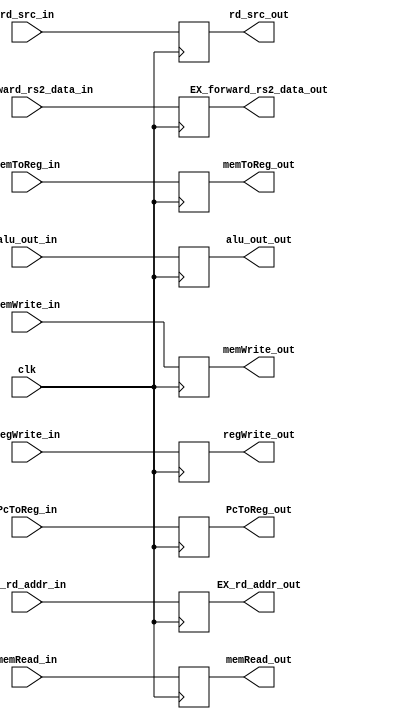
module EXMEM_reg(
    input clk,
    input [31:0] PcToReg_in,
    input [31:0] alu_out_in,
    input [31:0] EX_forward_rs2_data_in,
    input [4:0] EX_rd_addr_in,
    input rd_src_in,
    input memRead_in,
    input memWrite_in,
    input memToReg_in,
    input regWrite_in,
    output reg [31:0] PcToReg_out,
    output reg [31:0] alu_out_out,
    output reg [31:0] EX_forward_rs2_data_out,
    output reg [4:0] EX_rd_addr_out,
    output reg rd_src_out,
    output reg memRead_out,
    output reg memWrite_out,
    output reg memToReg_out,
    output reg regWrite_out
);

    always@(posedge clk)begin
        PcToReg_out = PcToReg_in;
        alu_out_out = alu_out_in;
        EX_forward_rs2_data_out = EX_forward_rs2_data_in;
        EX_rd_addr_out = EX_rd_addr_in;
        rd_src_out = rd_src_in;
        memRead_out = memRead_in;
        memWrite_out = memWrite_in;
        memToReg_out = memToReg_in;
        regWrite_out = regWrite_in;
    end

endmodule